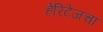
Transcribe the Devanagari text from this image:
हेरिटेजचा